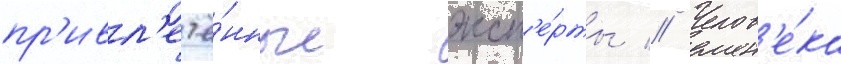
пр'ивл'ечё́нные эксп'е́рты // Челов'е́ка